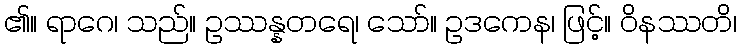
၏။ ရာဂေ၊ သည်။ ဥဿန္နတရေ၊ သော်။ ဥဒကေန၊ ဖြင့်။ ဝိနဿတိ၊